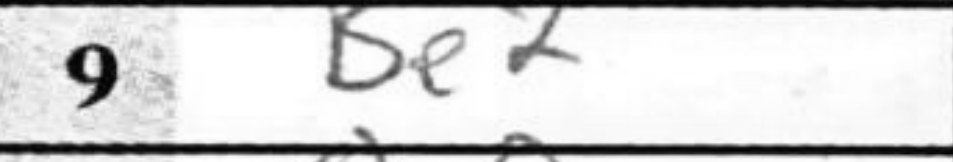
Transcription: Be2